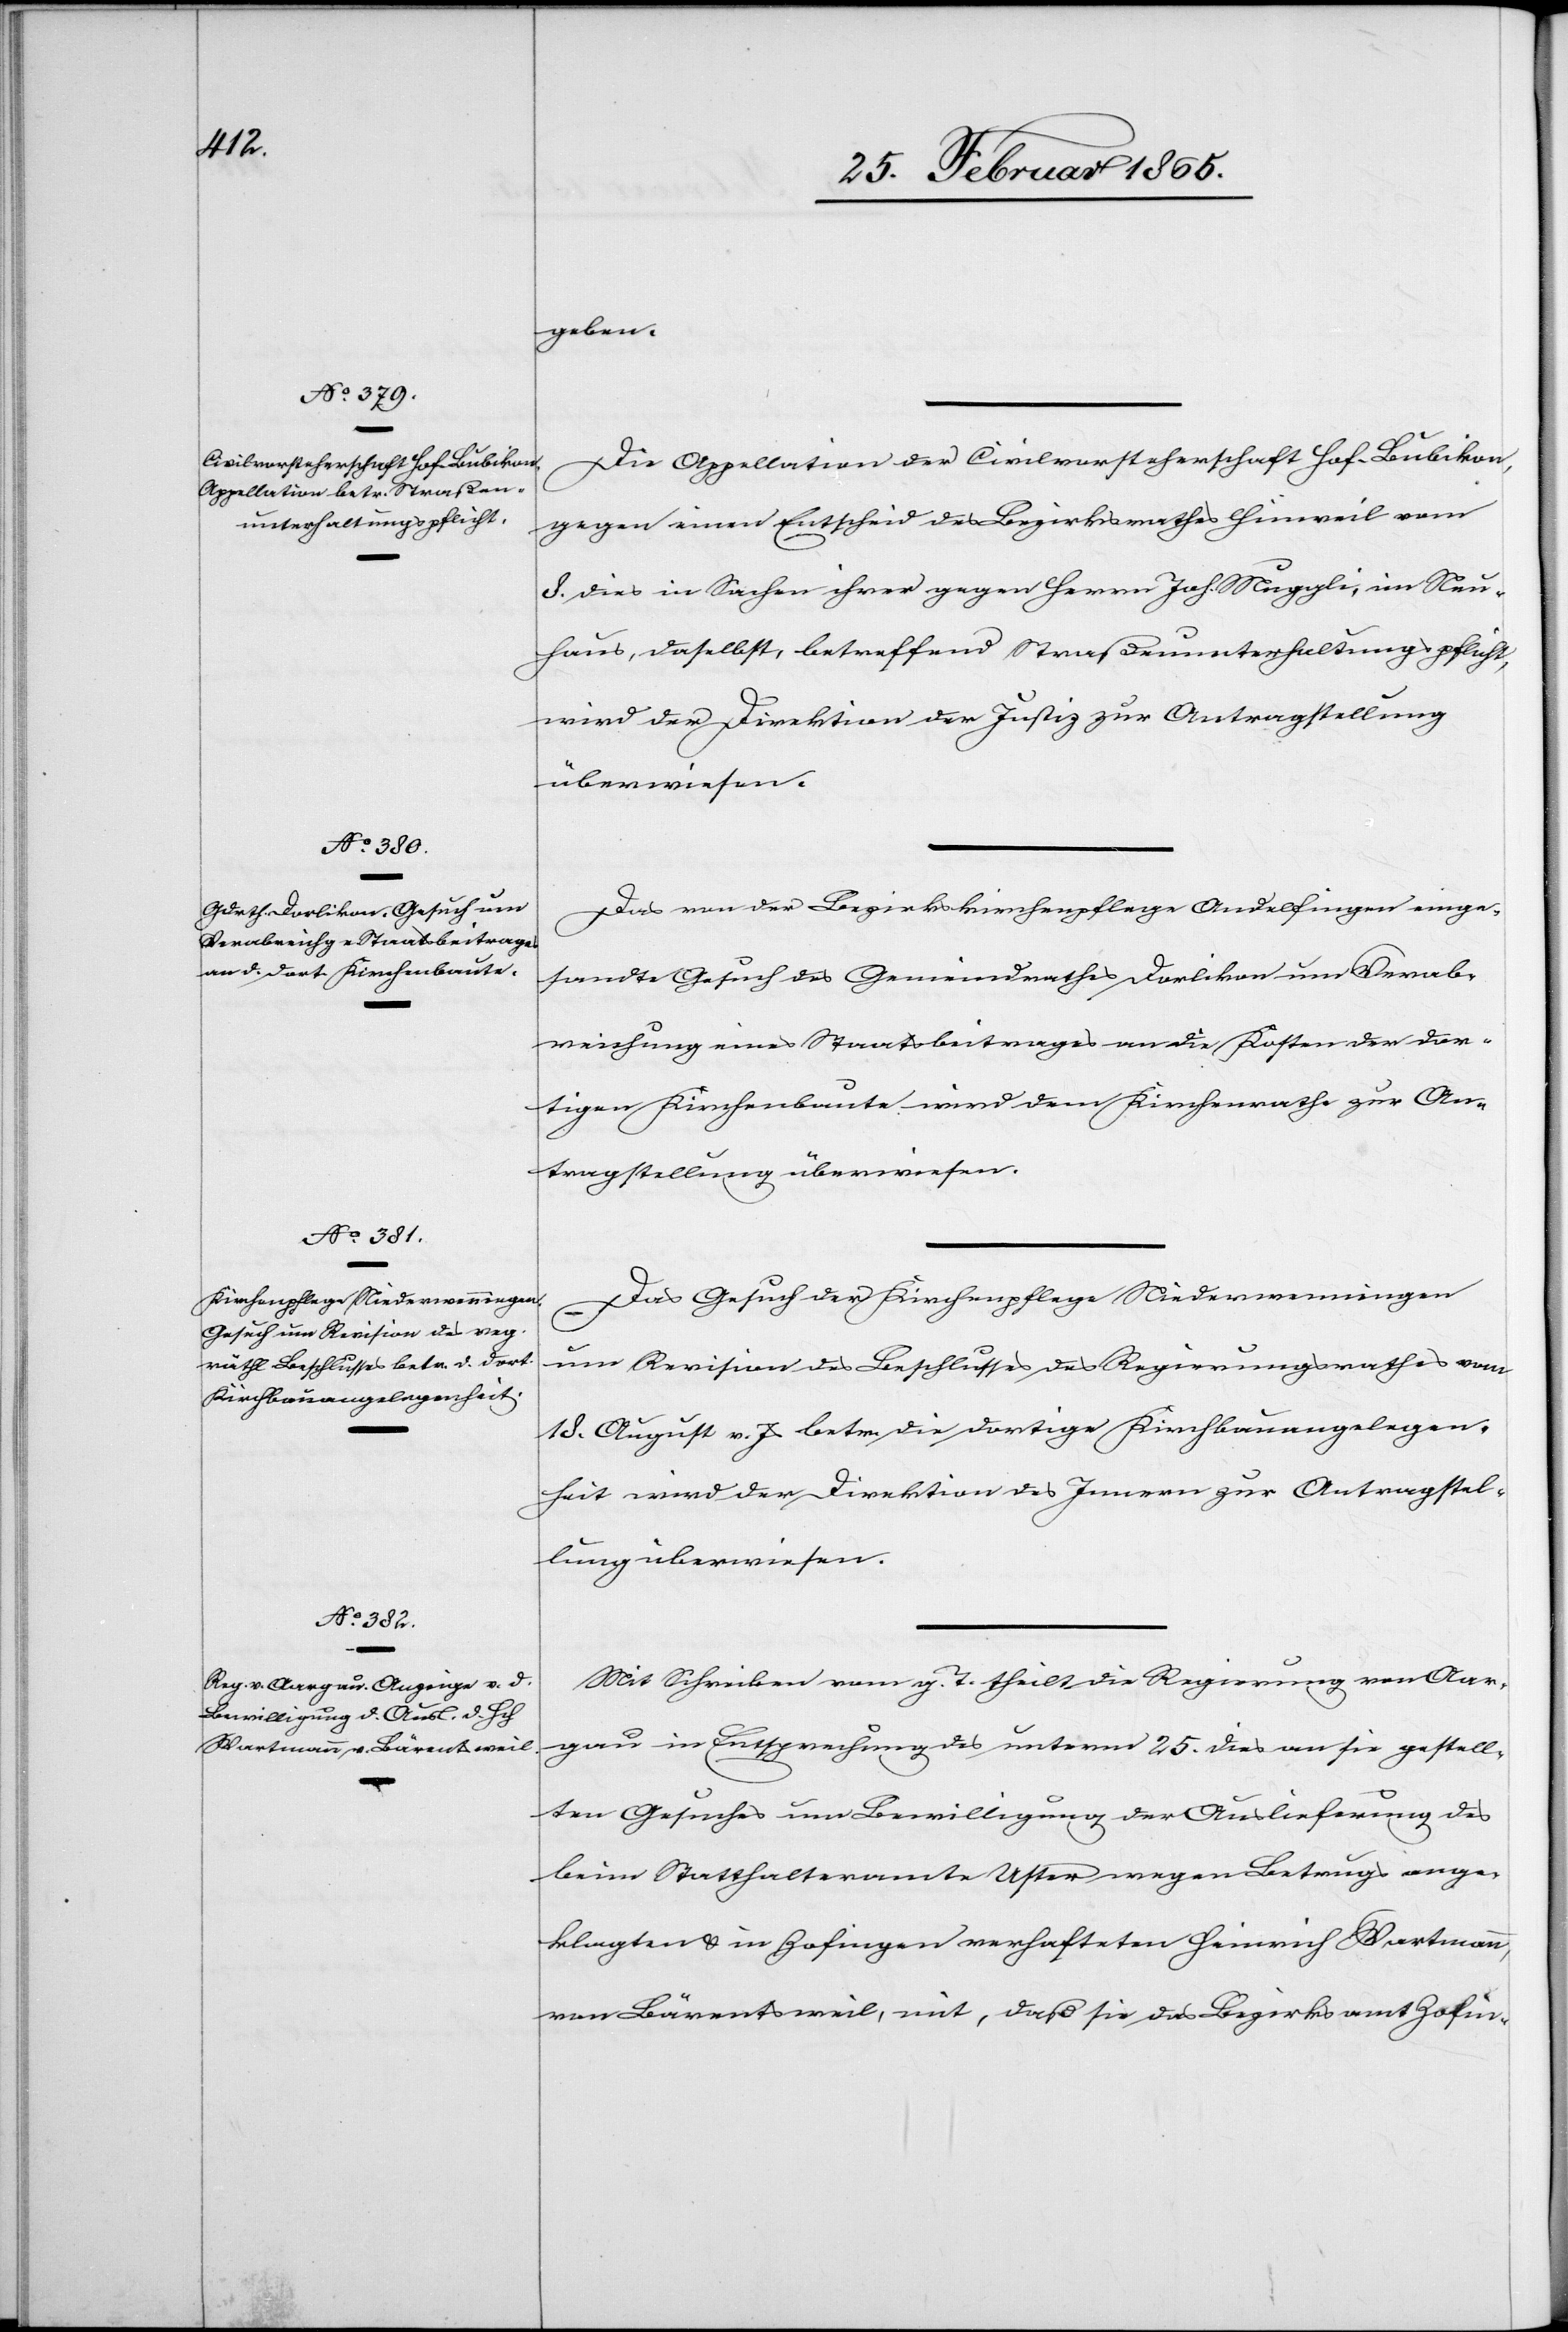
28. Februar 1865.]
geben.
Die Appellation der Civilvorsteherschaft Hof-Bubikon,
gegen einen Entscheid des Bezirksrathes Hinweil vom
8. dies in Sachen ihrer gegen Herrn Joh. Muggli, im Neu¬
haus, daselbst, betreffend Straßenunterhaltungspflicht,
wird der Direktion der Justiz zur Antragstellung
überwiesen.
Das von der Bezirkskirchenpflege Andelfingen einge¬
sandte Gesuch des Gemeindrathes Dorlikon um Verab¬
reichung eines Staatsbeitrages an die Kosten der dor¬
tigen Kirchenbaute wird dem Kirchenrathe zur An¬
tragstellung überwiesen.
Das Gesuch der Kirchenpflege Niederwenningen
um Revision des Beschlusses des Regierungsrathes vom
18. August v. Js betr. die dortige Kirchbauangelegen¬
heit wird der Direktion des Innern zur Antragstel¬
lung überwiesen.
Mit Schreiben vom g. T. theilt die Regierung von Aar¬
gau in Entsprechung des unterm 25. dies an sie gestell¬
ten Gesuches um Bewilligung der Auslieferung des
beim Statthalteramte Uster wegen Betrugs ange¬
klagten u. in Zofingen verhafteten Heinrich Wartmann,
von Bärentsweil, mit, daß sie das Bezirksamt Zofin-